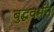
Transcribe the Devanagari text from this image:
बुद्धवर्मन